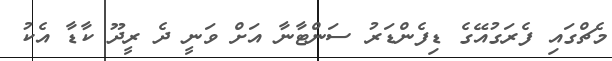
މެޗްގައި ފެރަގުއޭގެ ޑިފެންޑަރު ސަންޓާނާ އަށް ވަނީ ދެ ރީދޫ ކާޑާ އެކު